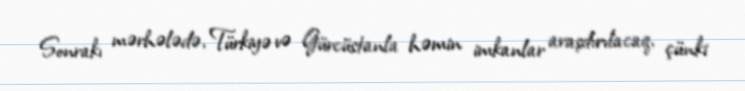
Sonrakı mərhələdə, Türkiyə və Gürcüstanla həmin imkanlar araşdırılacaq, çünki